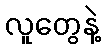
လူတွေနဲ့